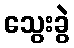
သွေးခွဲ